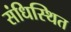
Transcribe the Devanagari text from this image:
संधिस्थित